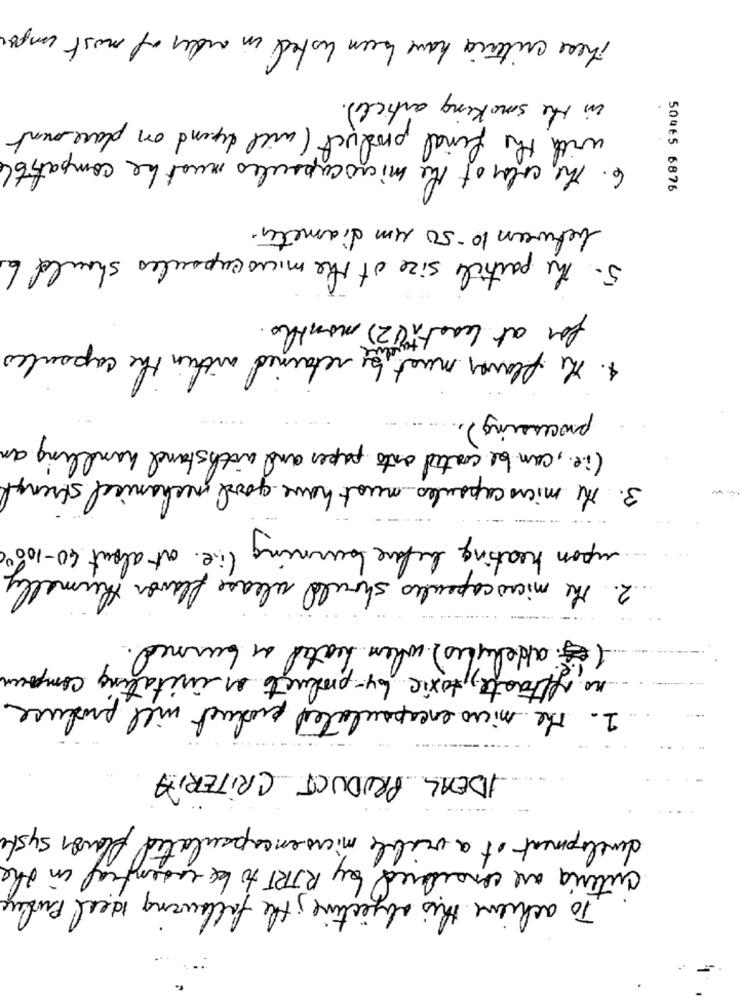
These criteria have been listed in order of most ungr
in the smoking article).
.
with the final product ( will depend on placement
6. The color of the microcapsules must be compatible
50465 6876
between 10-50 um diameter.
5. the particle size of the microcapsules should be
for at least (2) months.
4. The flower must be retained within the capsules
processing).
(i.e. , can be coated onto paper and with stand handling an
3. The micro capsules must have good mechanical strengt
upon heating before burning (i.e. at about 40-100)
2. The microcapsules should release flavor humally
( et aldelyes) when heated on burned.
no afftaste, toxic by-products or initating compren
1. The micro encapsulated product will produce
IDEAL PRODUCT CRITERIA
development of a viable microencapsulated flavor syste
cuteria are considered by RTRT to be ensentral in the
To achieve this objective ; the following ideal Produce